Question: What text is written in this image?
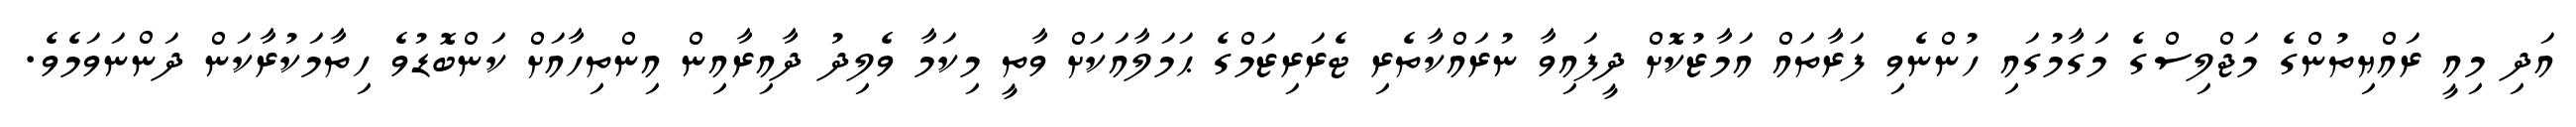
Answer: އަދި މިއީ ރައްޔިތުންގެ މަޖްލިސްގެ މަގާމުގައި ހުންނެވި ފަރާތައް އަމާޒުކޮށް ދީފައިވާ ނުރައްކާތެރި ޓެރަރިޒަމްގެ ޙަމަލާއަކަށް ވާތީ މިކަމާ ވެލިދު ދާއިރާއިން އިންތިހާއަށް ކަންބޮޑުވެ ހިތާމަކުރާކަން ދަންނަވަމެވެ.